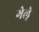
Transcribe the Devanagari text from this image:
गेल्रे